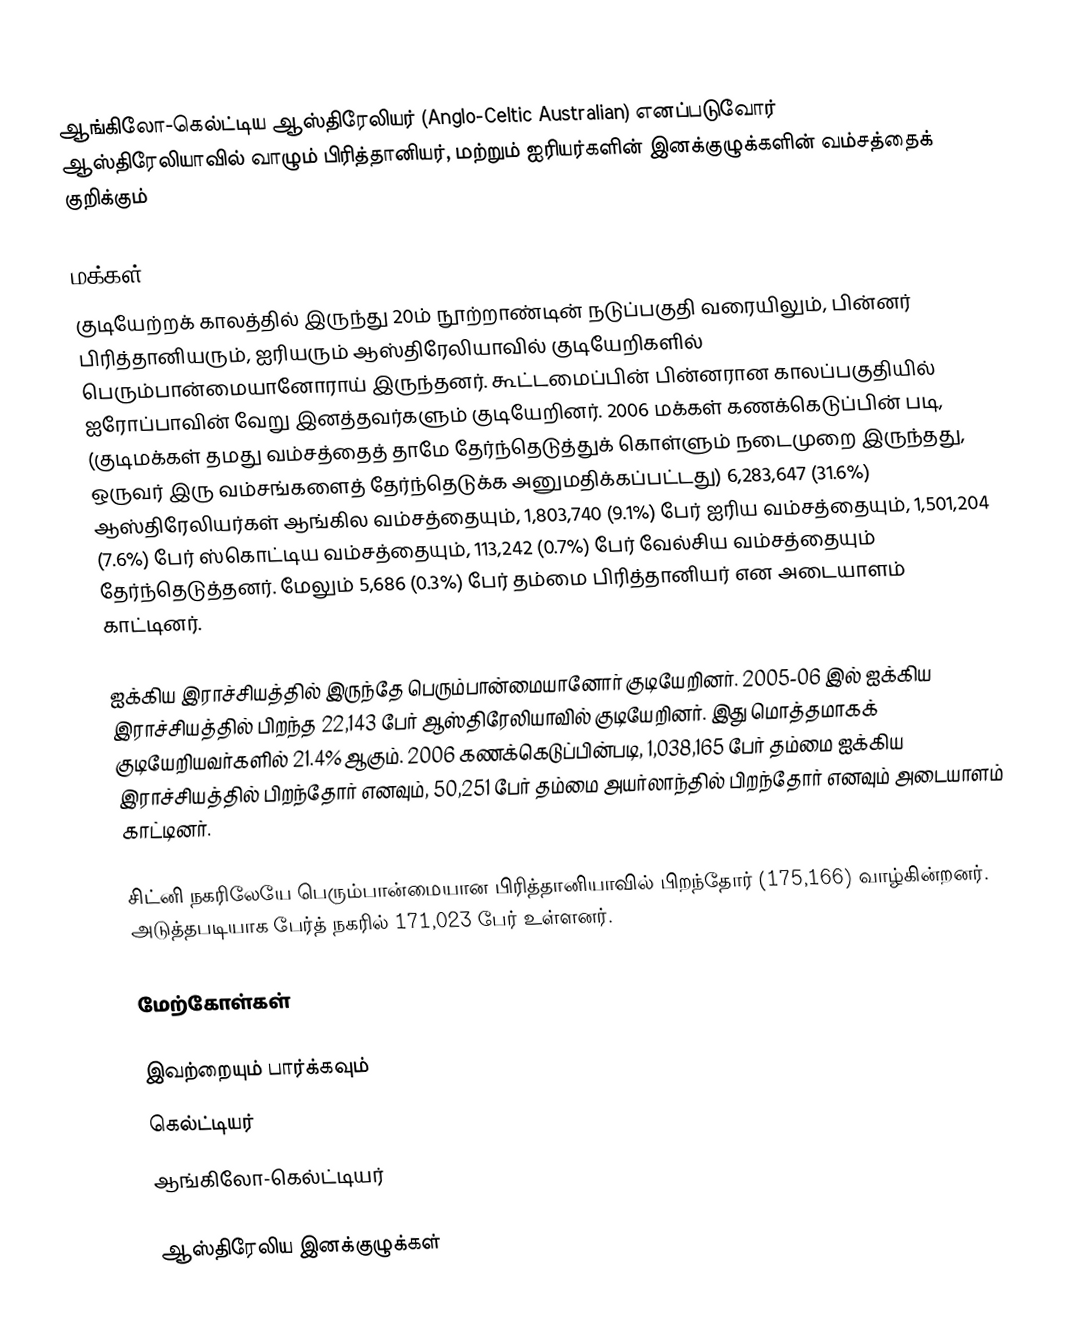
ஆங்கிலோ-கெல்ட்டிய ஆஸ்திரேலியர் (Anglo-Celtic Australian) எனப்படுவோர் ஆஸ்திரேலியாவில் வாழும் பிரித்தானியர், மற்றும் ஐரியர்களின் இனக்குழுக்களின் வம்சத்தைக் குறிக்கும்

மக்கள்
குடியேற்றக் காலத்தில் இருந்து 20ம் நூற்றாண்டின் நடுப்பகுதி வரையிலும், பின்னர் பிரித்தானியரும், ஐரியரும் ஆஸ்திரேலியாவில் குடியேறிகளில் பெரும்பான்மையானோராய் இருந்தனர். கூட்டமைப்பின் பின்னரான காலப்பகுதியில் ஐரோப்பாவின் வேறு இனத்தவர்களும் குடியேறினர். 2006 மக்கள் கணக்கெடுப்பின் படி, (குடிமக்கள் தமது வம்சத்தைத் தாமே தேர்ந்தெடுத்துக் கொள்ளும் நடைமுறை இருந்தது, ஒருவர் இரு வம்சங்களைத் தேர்ந்தெடுக்க அனுமதிக்கப்பட்டது) 6,283,647 (31.6%) ஆஸ்திரேலியர்கள் ஆங்கில வம்சத்தையும், 1,803,740 (9.1%) பேர் ஐரிய வம்சத்தையும், 1,501,204 (7.6%) பேர் ஸ்கொட்டிய வம்சத்தையும், 113,242 (0.7%) பேர் வேல்சிய வம்சத்தையும் தேர்ந்தெடுத்தனர். மேலும் 5,686 (0.3%) பேர் தம்மை பிரித்தானியர் என அடையாளம் காட்டினர்.

ஐக்கிய இராச்சியத்தில் இருந்தே பெரும்பான்மையானோர் குடியேறினர். 2005-06 இல் ஐக்கிய இராச்சியத்தில் பிறந்த 22,143 பேர் ஆஸ்திரேலியாவில் குடியேறினர். இது மொத்தமாகக் குடியேறியவர்களில் 21.4% ஆகும். 2006 கணக்கெடுப்பின்படி, 1,038,165 பேர் தம்மை ஐக்கிய இராச்சியத்தில் பிறந்தோர் எனவும், 50,251 பேர் தம்மை அயர்லாந்தில் பிறந்தோர் எனவும் அடையாளம் காட்டினர்.

சிட்னி நகரிலேயே பெரும்பான்மையான பிரித்தானியாவில் பிறந்தோர் (175,166) வாழ்கின்றனர். அடுத்தபடியாக பேர்த் நகரில் 171,023 பேர் உள்ளனர்.

மேற்கோள்கள்

இவற்றையும் பார்க்கவும்
 கெல்ட்டியர்
 ஆங்கிலோ-கெல்ட்டியர்

ஆஸ்திரேலிய இனக்குழுக்கள்